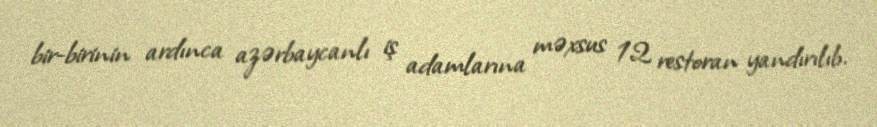
bir-birinin ardınca azərbaycanlı iş adamlarına məxsus 12 restoran yandırılıb.